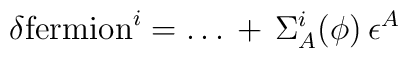
\delta  \mbox{fermion}^i = \dots \, + \, \Sigma_A^i(\phi) \, \epsilon^A